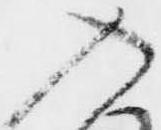
入